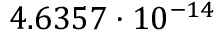
4 . 6 3 5 7 \cdot 1 0 ^ { - 1 4 }